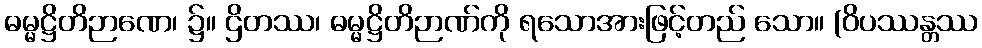
ဓမ္မဋ္ဌိတိဉာဏေ၊ ၌။ ဌိတဿ၊ ဓမ္မဋ္ဌိတိဉာဏ်ကို ရသောအားဖြင့်တည် သော။ (ဝိပဿန္တဿ